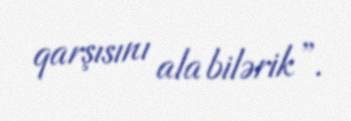
qarşısını ala bilərik”.